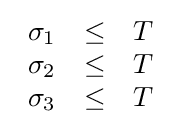
{\begin{array}{lcl}\sigma _{1}&\leq &T\\\sigma _{2}&\leq &T\\\sigma _{3}&\leq &T\end{array}}